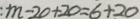
: m - 2 0 + 2 0 = 6 + 2 0